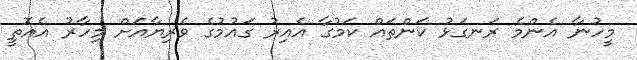
މީހުނާ އެންމެ ރަނގަޅު ކަންތައް ކަމުގާ އެއިރު ގައުމުގެ ވެރިޔާއަށް މިހާރު އެއޮތީ